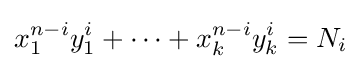
x_{1}^{n-i}y_{1}^{i}+\dots +x_{k}^{n-i}y_{k}^{i}=N_{i}